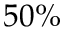
5 0 \%